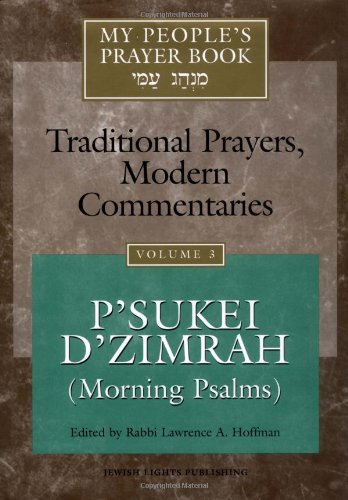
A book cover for My People's Prayer Book, Vol. 3: Traditional Prayers, Modern Commentaries--P'sukei D'zimrah (Morning Psalms); Rabbi Lawrence A. Hoffman; Religion & Spirituality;